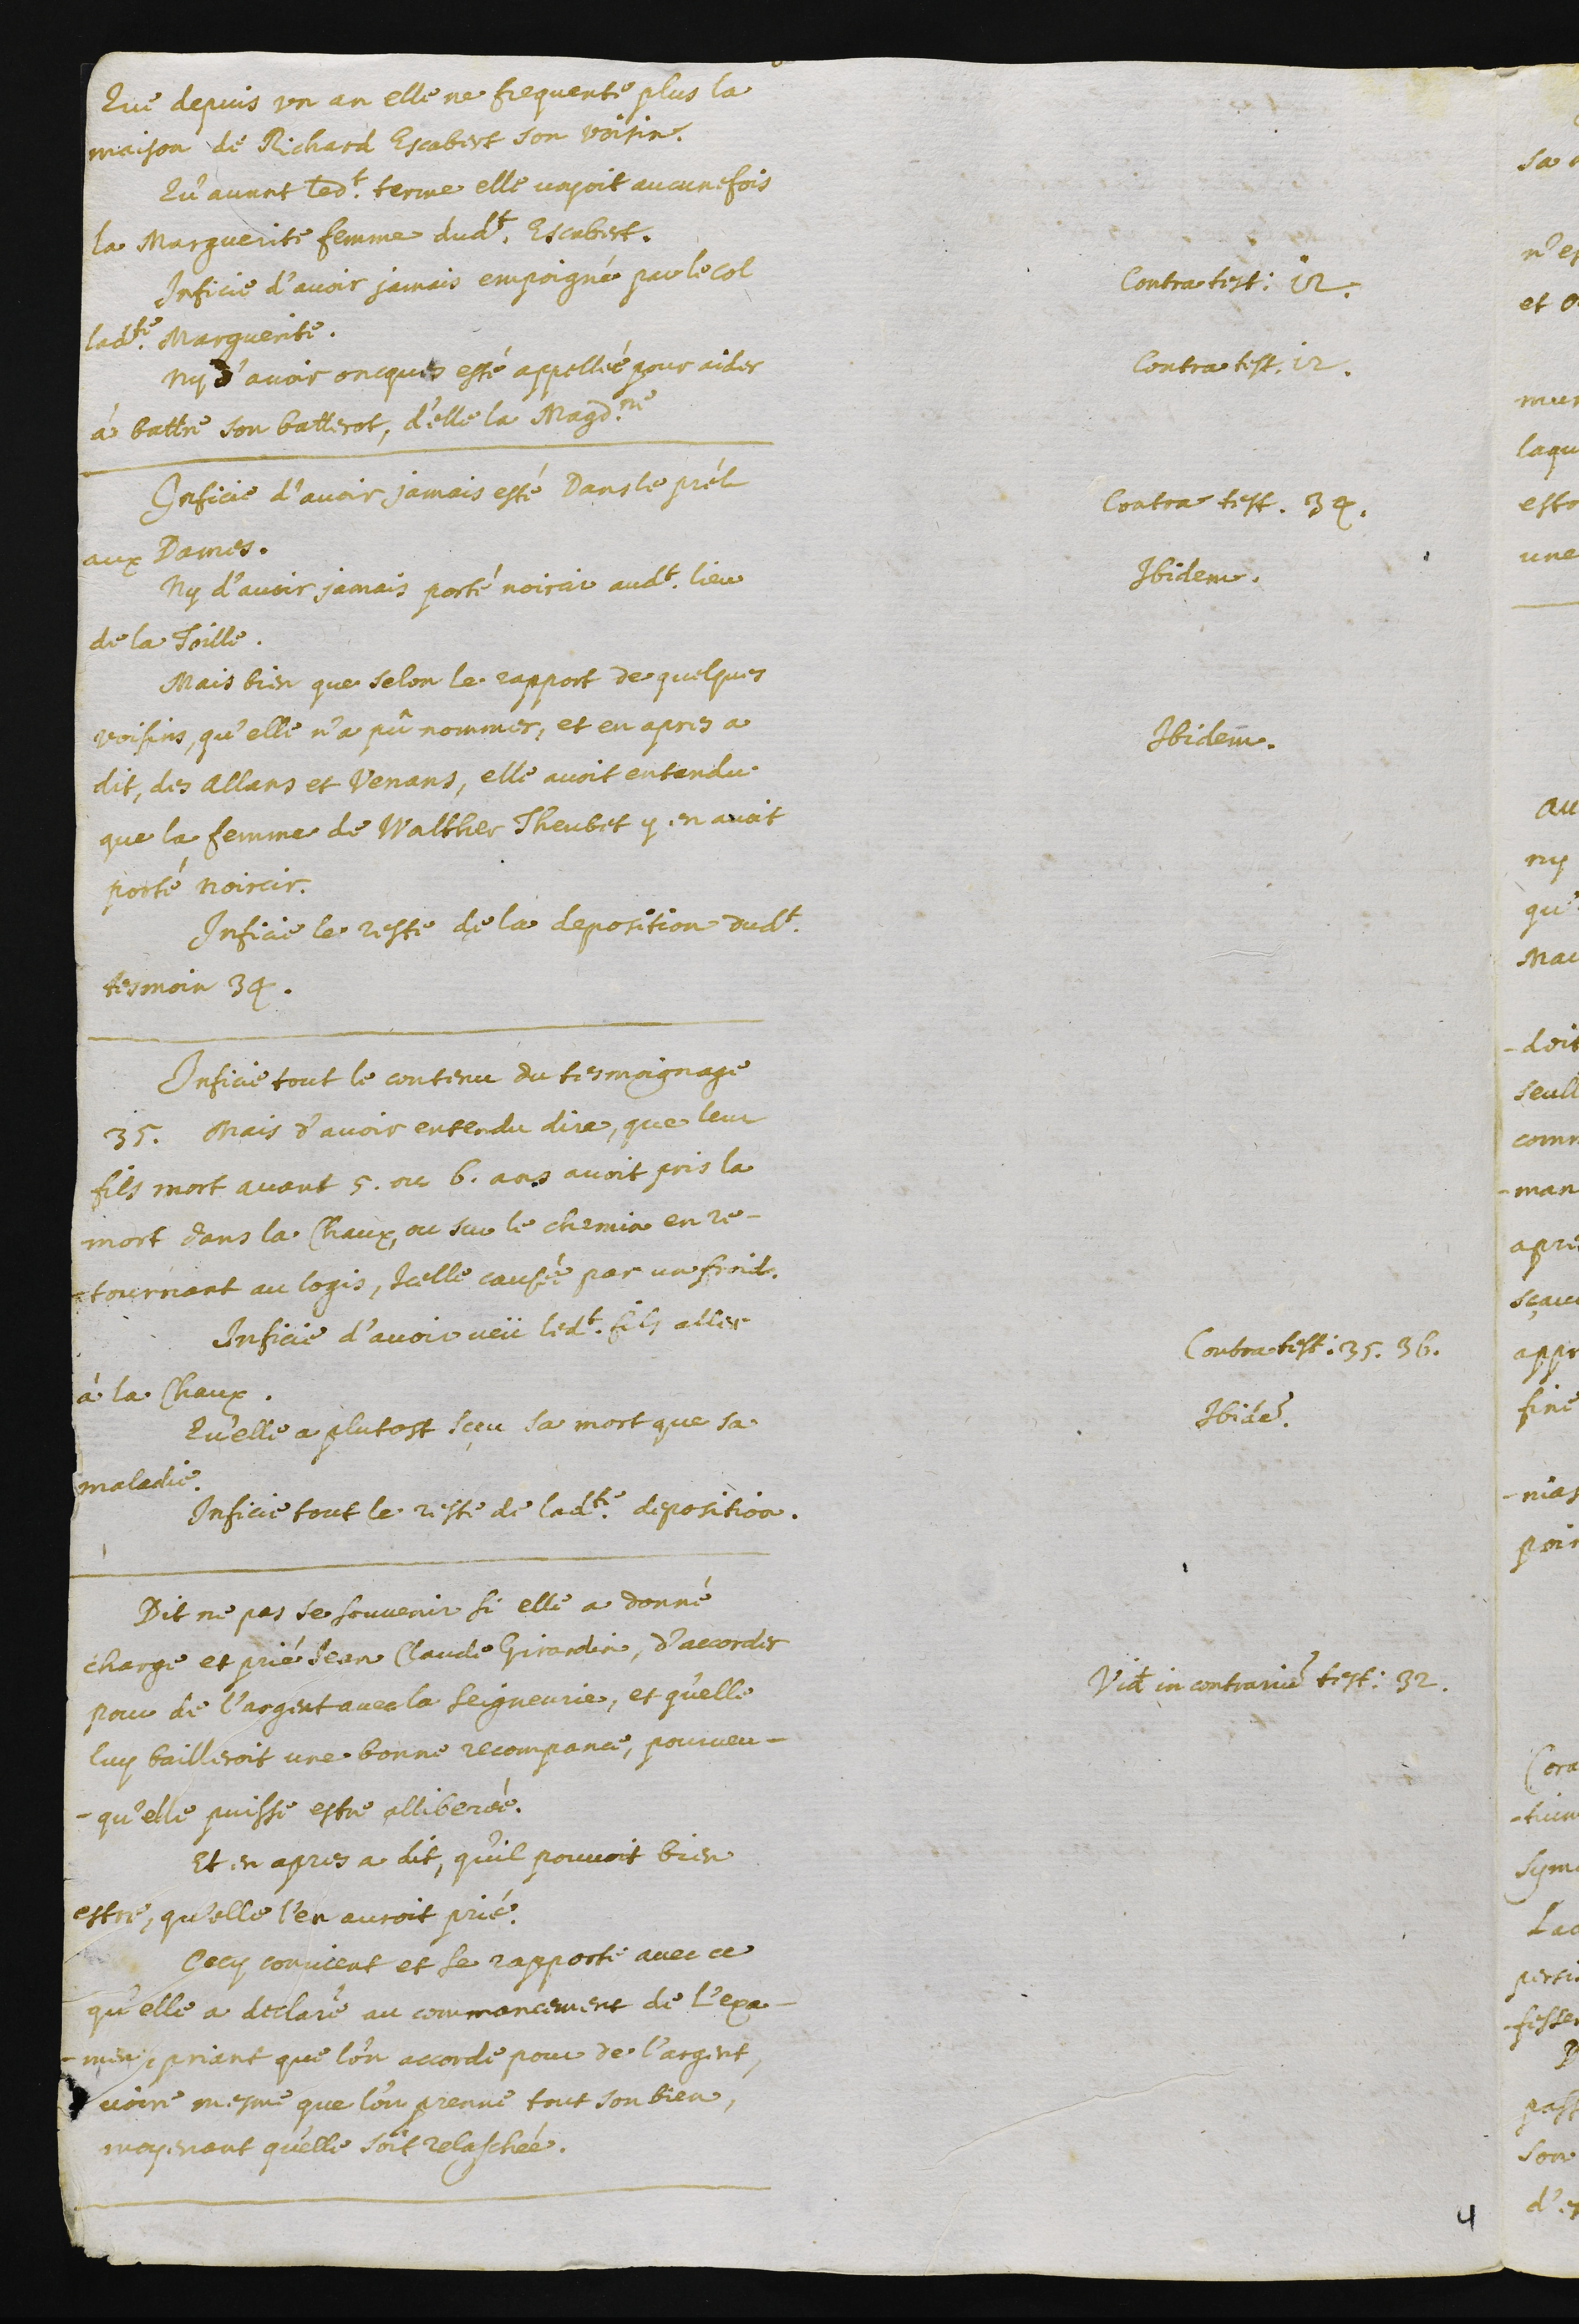
Que depuis un an elle ne frequente plus la
maison de Richard Escabert son voisin.
Qu’avant ledit terme elle voyoit aucune fois
la Marguerite femme dudit Escabert.
Contra testimonium 12.
Inficie d’avoir jamais empoigné par le col
ladite Marguerite.
Contra testimonium 12.
Ny d’avoir oncques esté appellée pour aider
à battre son batterot, d’elle la Magdeleine.
Contra testimonium 34,
Inficie d’avoir jamais esté dans le prél
aux Dames.
Ibidem.
Ny d’avoir jamais porté noircir audit lieu
de la Toille.
Ibidem.
Mais bien que selon le rapport des quelques
voisins, qu’elle n’a pû nommer, et en apres a
dit, des allers et venans, elle avoit entendu
que la femme de Walther Theubet y en avoit
porté noircir.
Inficie le reste de la deposition dudit
Tesmoin 34.
Contra testimonium 35. 36.
Inficie tout le contenu du tesmoignage
35. mais d’avoir entendu dire, que leur
fils mort avant 5. ou 6. ans avoit pris la
mort dans la Chaux ou sur le chemin en re-
tournant au logis, icelle causée par un froid.
Ibidem.
Inficie d’avoir veü ledit fils aller
à la Chaux.
Qu’elle a plutost sçeu la mort que sa
maladie.
Inficie tout le reste de ladite deposition.
Videte in contrarium testimonium 32.
Dit ne pas se souvenir si elle a donné
charge et prié Jean Claude Girardin, d’accorder
pour de l’argent avec la seigneurie, et qu’elle
luy bailleroit une bonne recompance, pourveu
qu’elle puisse estre alliberée.
Et en apres a dit, qu’il pouvoit bien
estre, qu’elle l’en auroit prié.
Cecy convient et se rapporte avec ce
qu’elle a declaré au commancement de l’exa-
men priant que l’on accorde pour de l’argent,
voire mesme que l’on prenne tout son bien,
moyenant qu’elle soit relaschée.